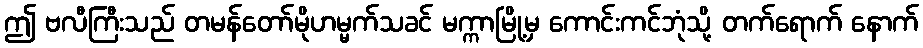
ဤ ဗလီကြီးသည် တမန်တော်မိုဟမ္မက်သခင် မက္ကာမြို့မှ ကောင်းကင်ဘုံသို့ တက်ရောက် နောက်